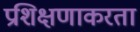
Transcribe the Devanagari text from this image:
प्रशिक्षणाकरता